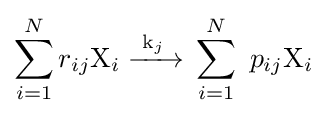
\sum _{i=1}^{N}r_{ij}{\ce {X}}_{i}{\ce {->[k_{j}]}}\sum _{i=1}^{N}\ p_{ij}{\ce {X}}_{i}